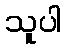
သူပါ